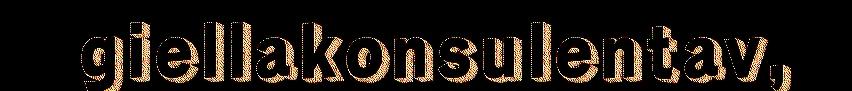
giellakonsulentav,